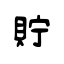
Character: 貯